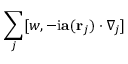
\sum _ { j } [ w , - \mathrm { i } \mathbf { a } ( \mathbf { r } _ { j } ) \cdot \nabla _ { j } ]